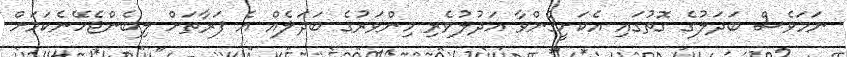
ނަމަވެސް ބަދަލުގެ ގޮތުގައި އެކަށީގެންވާ އަދުލުވެރި މިންވަރުގެ ބަދަލެއް އެ ފަރާތަށް ލިބެންޖެހޭނެކަމަށް